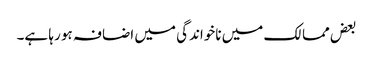
بعض ممالک میں ناخواندگی میں اضافہ ہو رہا ہے۔